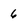
Character: 6